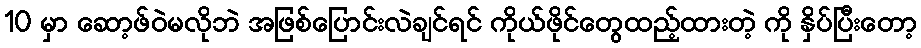
10 မှာ ဆော့ဖ်ဝဲမလိုဘဲ အဖြစ်ပြောင်းလဲချင်ရင် ကိုယ်ဖိုင်တွေထည့်ထားတဲ့ ကို နှိပ်ပြီးတော့